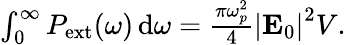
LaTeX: \begin{array}{r}{\int_{0}^{\infty}P_{\mathrm{ext}}(\omega)\, \mathrm{d}\omega=\frac{\pi\omega_{p}^{2}}{4}\left|\mathbf{E}_{0}\right|^{2}V.}\end{array}